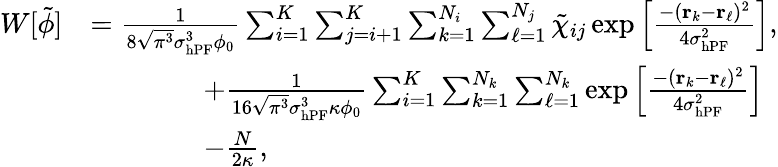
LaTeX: \begin{array}{rl}{W[\tilde{\phi}]}&{=\frac{1}{8\sqrt{\pi^{3}}\sigma_{\mathrm{hPF}}^{3}\phi_{0}}\sum_{i=1}^{K}\sum_{j=i+1}^{K}\sum_{k=1}^{N_{i}}\sum_{\ell=1}^{N_{j}}\tilde{\chi}_{ij}\exp\left[\frac{-(\mathbf{r}_{k}-\mathbf{r}_{\ell})^{2}}{4\sigma_{\mathrm{hPF}}^{2}}\right],}\\ &{\qquad\qquad+\frac{1}{16\sqrt{\pi^{3}}\sigma_{\mathrm{hPF}}^{3}\kappa\phi_{0}}\sum_{i=1}^{K}\sum_{k=1}^{N_{k}}\sum_{\ell=1}^{N_{k}}\exp\left[\frac{-(\mathbf{r}_{k}-\mathbf{r}_{\ell})^{2}}{4\sigma_{\mathrm{hPF}}^{2}}\right]}\\ &{\qquad\qquad-\frac{N}{2\kappa},}\end{array}